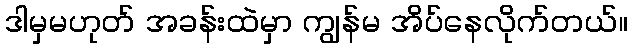
ဒါမှမဟုတ် အခန်းထဲမှာ ကျွန်မ အိပ်နေလိုက်တယ်။